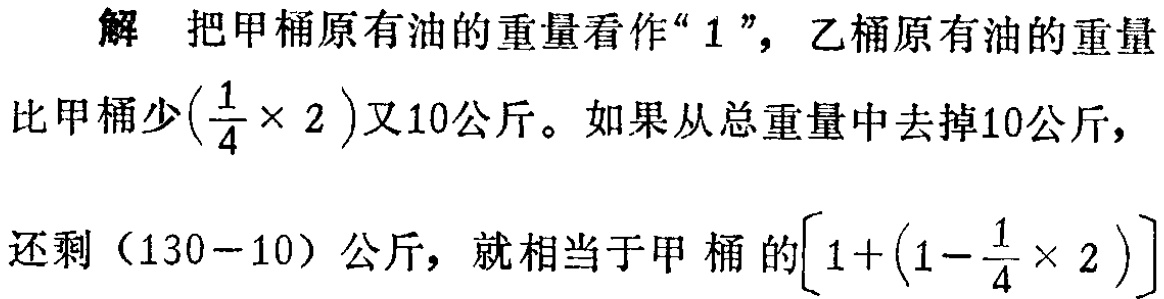
解 把甲桶原有油的重量看作“$1$”，乙桶原有油的重量比甲桶少$\left(\frac{1}{4} \times 2\right)$又10公斤。如果从总重量中去掉10公斤，还剩（130 - 10）公斤，就相当于甲桶的$\left[1+\left(1-\frac{1}{4} \times 2\right)\right]$